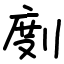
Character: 剫